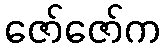
ဇော်ဇော်က